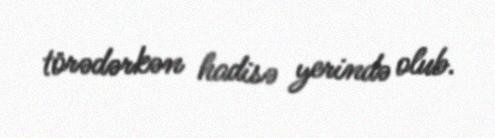
törədərkən hadisə yerində olub.